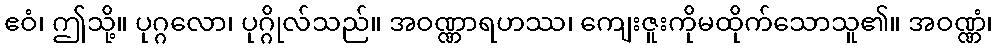
ဧဝံ၊ ဤသို့။ ပုဂ္ဂလော၊ ပုဂ္ဂိုလ်သည်။ အဝဏ္ဏာရဟဿ၊ ကျေးဇူးကိုမထိုက်သောသူ၏။ အဝဏ္ဏံ၊